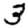
Digit: 3